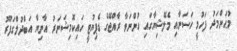
މުޙަންމަދު ފަހުމީ ހަަސަނާއި މެލޭޝިޔާގައި ހުންނަވާ ރާއްޖޭގެ ޑެޕިޔުޓީ ހައިކޮމިޝަނަރު އާނިޔާ އަބްދުލްގަފޫރު